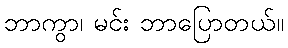
ဘာကွာ၊ မင်း ဘာပြောတယ်။